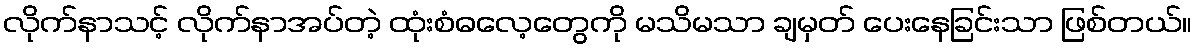
လိုက်နာသင့် လိုက်နာအပ်တဲ့ ထုံးစံဓလေ့တွေကို မသိမသာ ချမှတ် ပေးနေခြင်းသာ ဖြစ်တယ်။